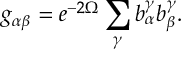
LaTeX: g _ { \alpha \beta } = e ^ { - 2 \Omega } \sum _ { \gamma } b _ { \alpha } ^ { \gamma } b _ { \beta } ^ { \gamma } .